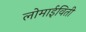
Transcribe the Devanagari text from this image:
लोमाईविती